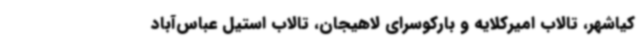
کیاشهر، تالاب امیرکلایه و بارکوسرای لاهیجان، تالاب استیل عباس‌آباد